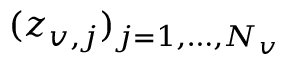
( z _ { v , j } ) _ { j = 1 , \dots , N _ { v } }